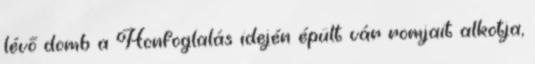
lévő domb a Honfoglalás idején épült vár romjait alkotja,